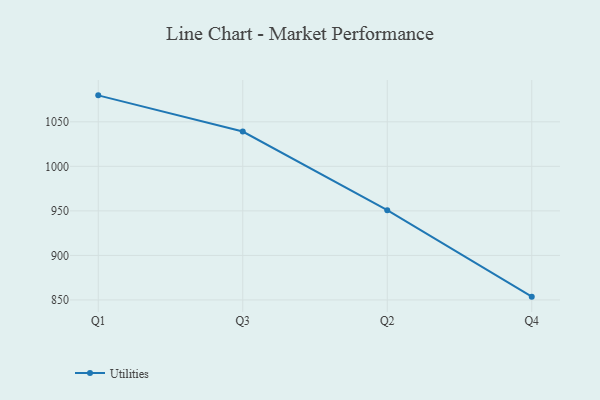
{"axis": {"x": "Quarter", "y": "Waste Production (Tons)"}, "legend": ["Utilities"], "data": [{"x": "Q1", "y": 1079.7, "type": "Utilities"}, {"x": "Q3", "y": 1039.1, "type": "Utilities"}, {"x": "Q2", "y": 950.8, "type": "Utilities"}, {"x": "Q4", "y": 853.7, "type": "Utilities"}]}